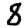
Digit: 8